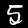
Digit: 5